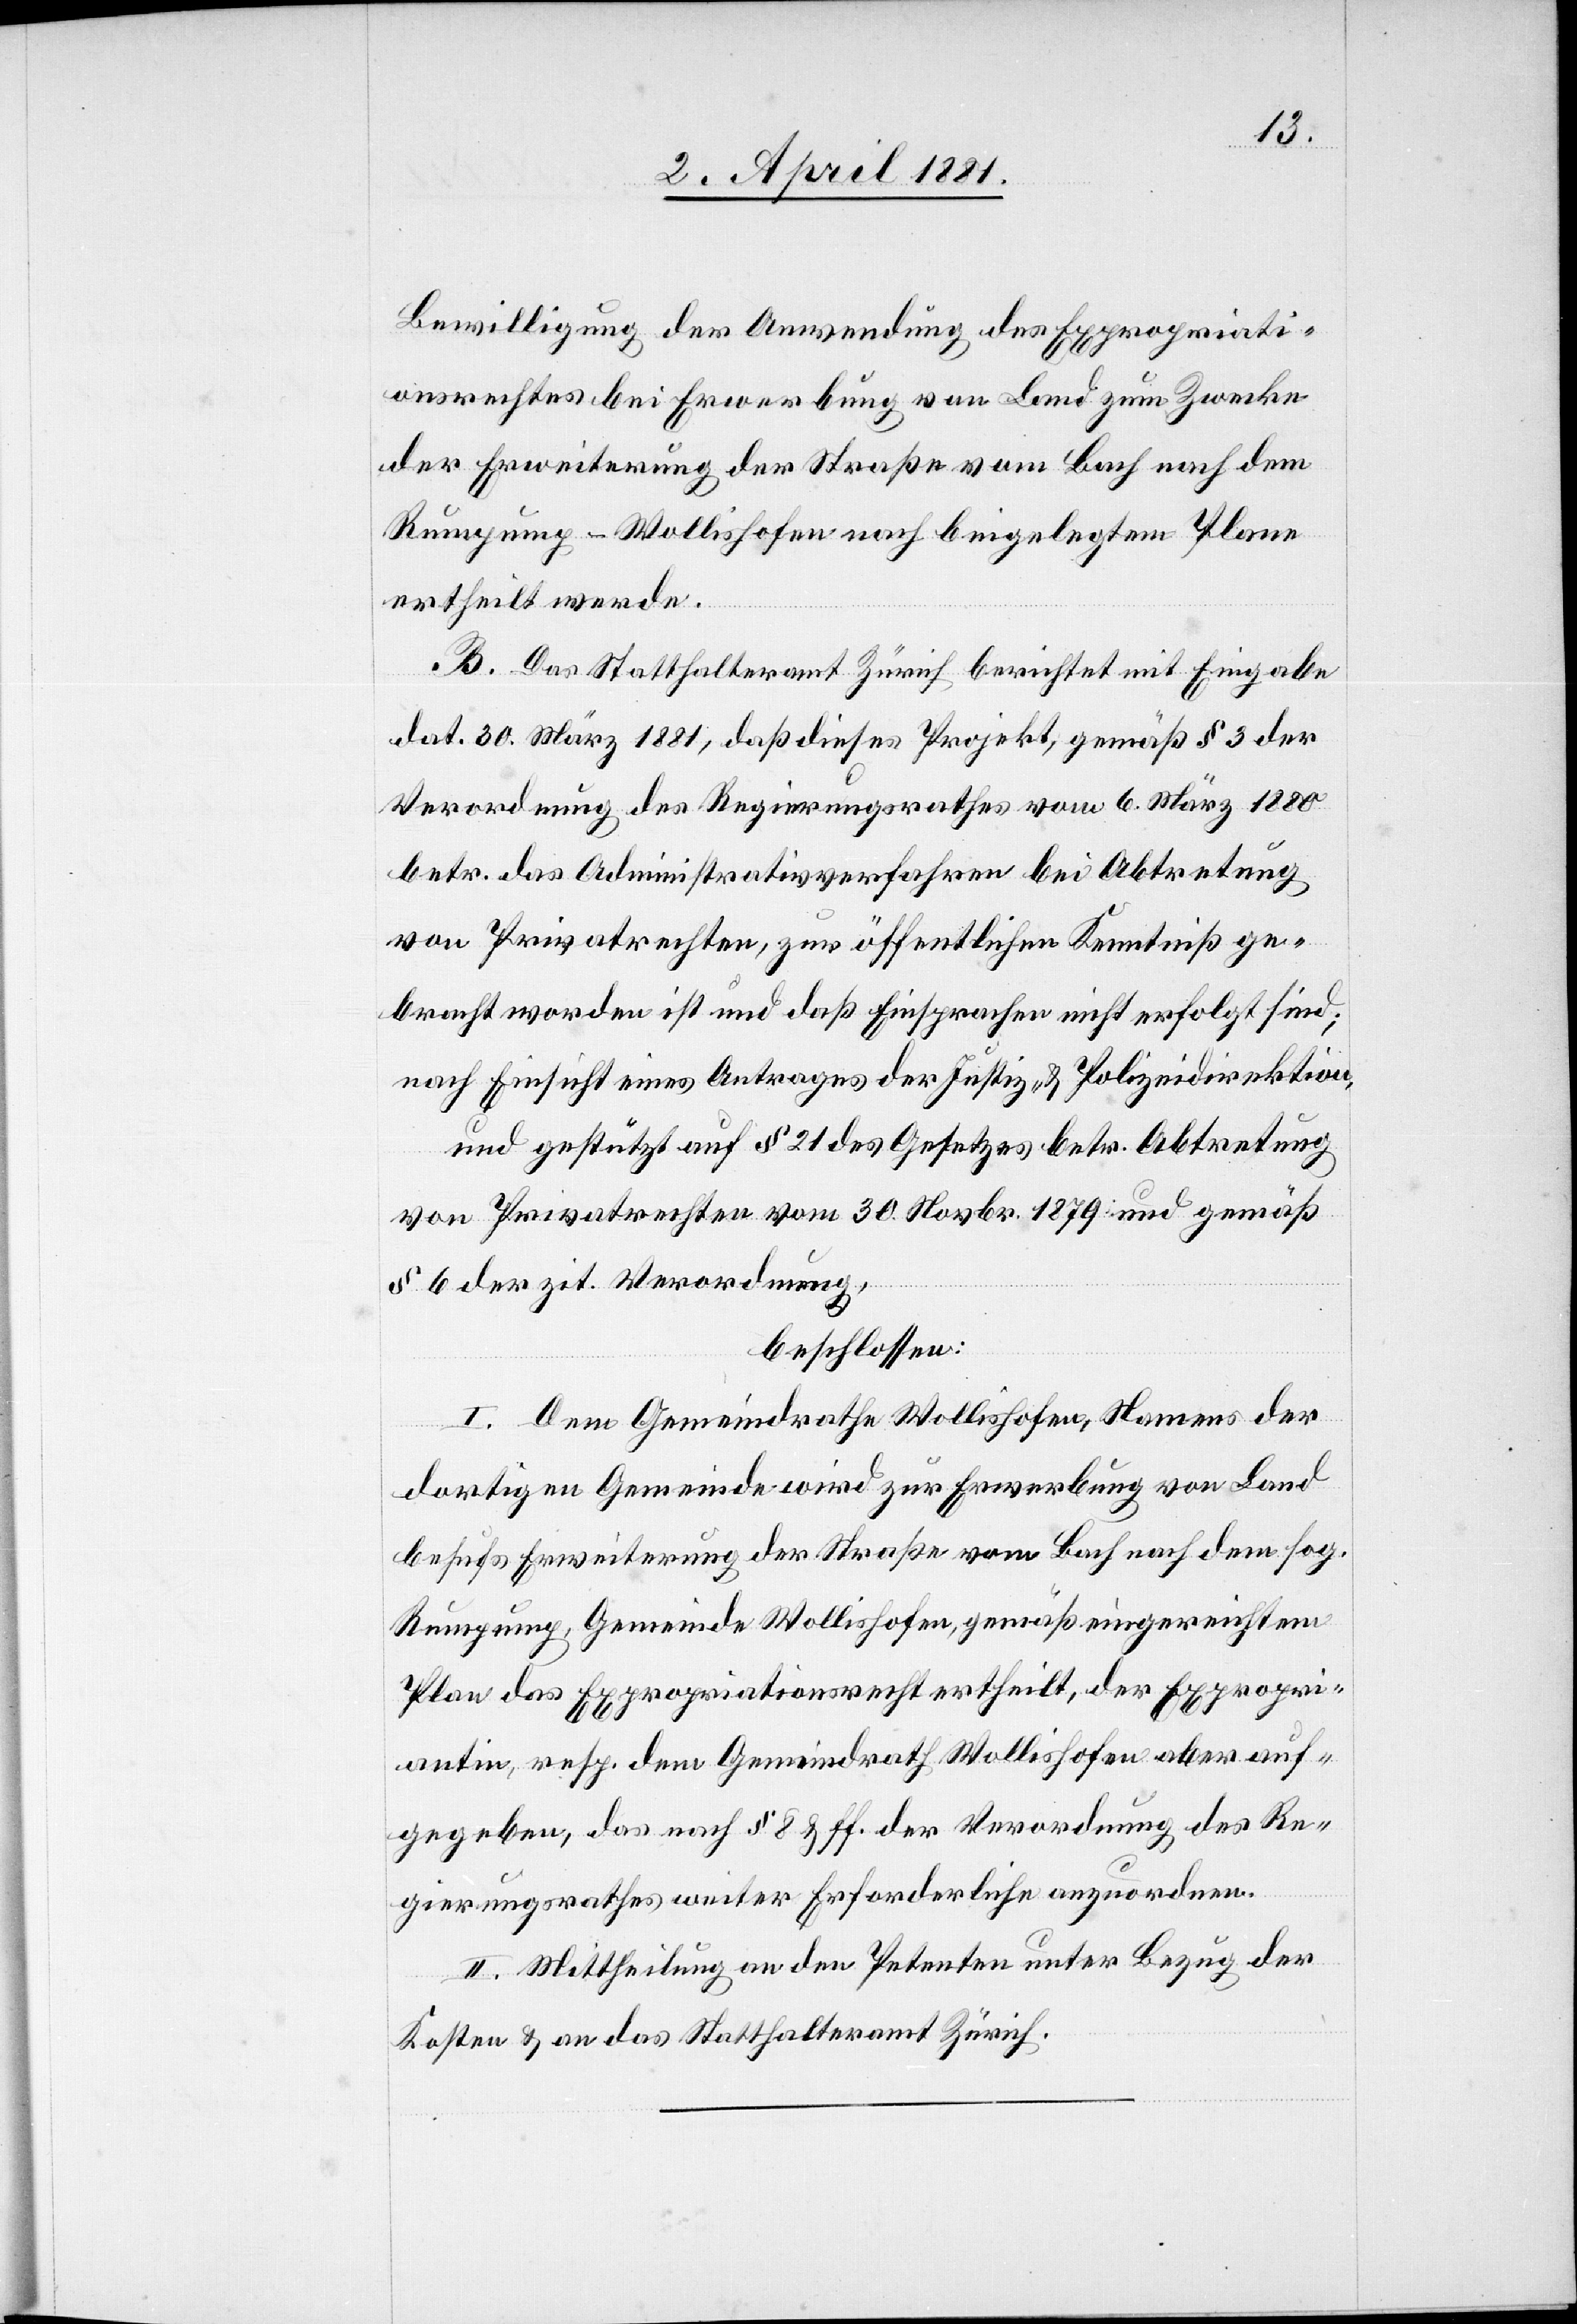
Bewilligung der Anwendung des Expropriati¬
onsrechtes bei Erwerbung von Land zum Zwecke
der Erweiterung der Straße vom Bach nach dem
Rumpump - Wollishofen nach beigelegtem Plane
ertheilt werde.
B. Das Statthalteramt Zürich berichtet mit Eingabe
dat. 30. März 1881, daß dieses Projekt, gemäß § 3 der
Verordnung des Regierungsrathes vom 6. März 1880
betr. das Administrativverfahren bei Abtretung
von Privatrechten, zur öffentlichen Kenntniß ge¬
bracht worden ist und daß Einsprachen nicht erfolgt sind;
nach Einsicht eines Antrages der Justiz- & Polizeidirektion,
und gestützt auf § 21 des Gesetzes betr. Abtretung
von Privatrechten vom 30. Novbr. 1879 und gemäß
§ 6 der zit. Verordnung,
beschlossen:
I. Dem Gemeindrath Wollishofen, Namens der
dortigen Gemeinde wird zur Erwerbung von Land
behufs Erweiterung der Straße vom Bach nach dem sog.
Rumpump, Gemeinde Wollishofen, gemäß eingereichtem
Plan das Expropriationsrecht ertheilt, der Expropri¬
antin, resp. dem Gemeindrath Wollishofen aber auf¬
gegeben, das nach § 8 & ff. der Verordnung des Re¬
gierungsrathes weiter Erforderliche anzuordnen.
II. Mittheilung an den Petenten unter Bezug der
Kosten & an das Statthalteramt Zürich.